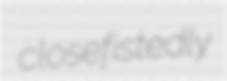
closefistedly